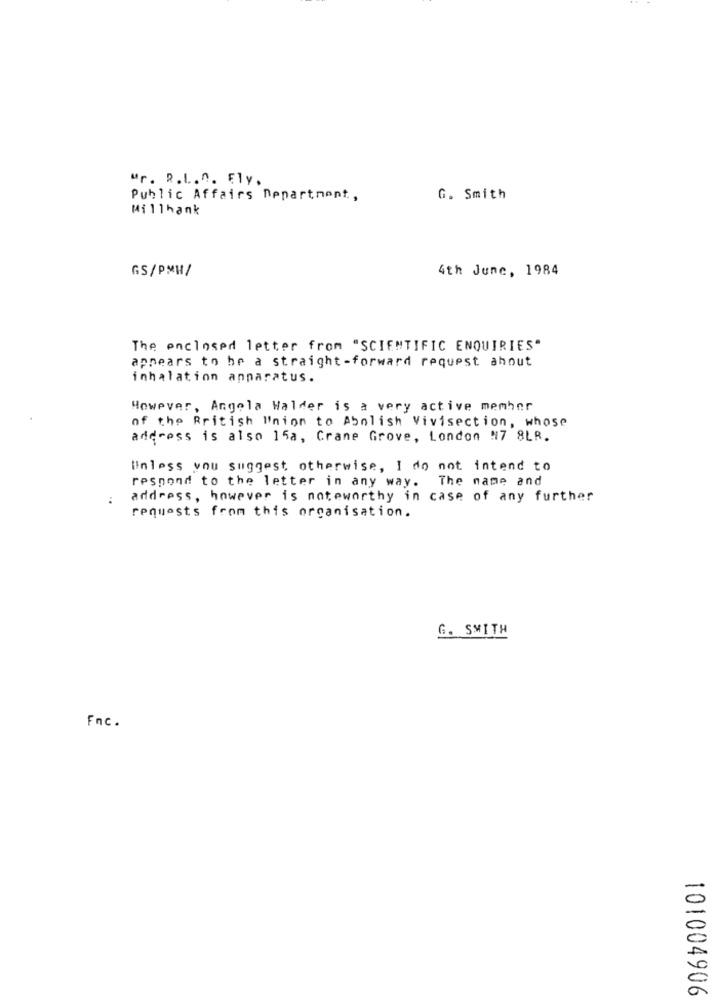
Mr. R.L.n. Ely.
Public Affairs Department,
G. Smith
Millhank
GS/PMH/
4th June, 1984
The enclosed letter from "SCIENTIFIC ENQUIRIES"
appears to be a straight-forward request ahout
inhalation anparatus.
However, Angela Walder is a very active member
of the British Union to Abolish Vivisection, whose
address is also 15a, Crane Grove, London N7 8LR.
Unless you suggest otherwise, I do not intend to
respond to the letter in any way. The name and
address, however is noteworthy in case of any further
requests from this organisation.
G. SMITH
Fnc .
101004906